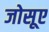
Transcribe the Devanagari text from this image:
जोसूए